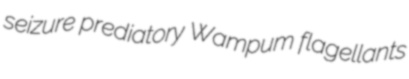
seizure prediatory Wampum flagellants